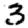
Digit: 3